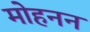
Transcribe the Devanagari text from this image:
मोहनन